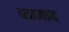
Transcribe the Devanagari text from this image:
व्यानाद